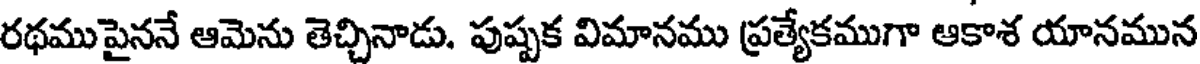
రథముపైననే ఆమెను తెచ్చినాడు. పుష్పక విమానము ప్రత్యేకముగా ఆకాశ యానమున